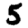
Digit: 5